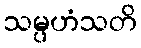
သမ္ပဟံသတိ